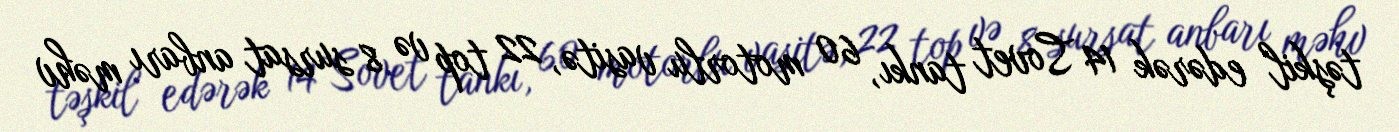
təşkil edərək 14 Sovet tankı, 60 motorlu vasitə, 22 top və 8 sursat anbarı məhv